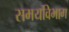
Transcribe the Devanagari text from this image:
समयविभाग